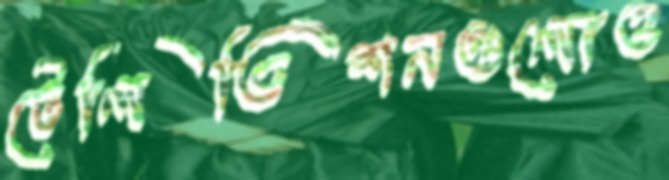
টেলিভিশনগুলোও